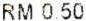
RM 0.50